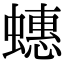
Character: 蟪